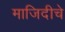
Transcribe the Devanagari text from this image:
माजिदीचे